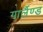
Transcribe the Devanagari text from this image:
गार्लैण्ड